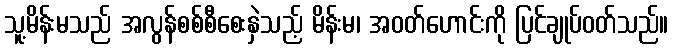
သူ့မိန်းမသည် အလွန်စစ်စီစေးနှဲသည့် မိန်းမ၊ အဝတ်ဟောင်းကို ပြင်ချုပ်ဝတ်သည်။